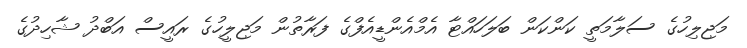
މަޖިލިހުގެ ސަލާމަތީ ކަންކަން ބަލަހައްޓާ އެމްއެންޑީއެފްގެ ފަރާތުން މަޖިލީހުގެ ރައީސް އަބްދު ޝާހިދުގެ